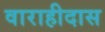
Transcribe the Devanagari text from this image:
वाराहीदास